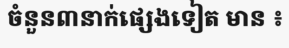
ចំនួន៣នាក់ផ្សេងទៀត មាន ៖